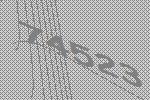
74523